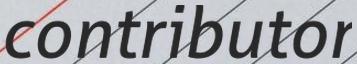
contributor